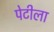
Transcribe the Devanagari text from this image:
पेटीला